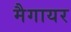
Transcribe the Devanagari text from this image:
मैगायर